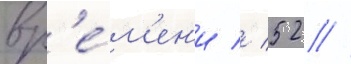
вр'е́м'ен'и // 52 //